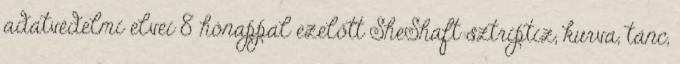
adatvédelmi elvei 8 hónappal ezelőtt SheShaft sztriptiz, kurva, tánc,